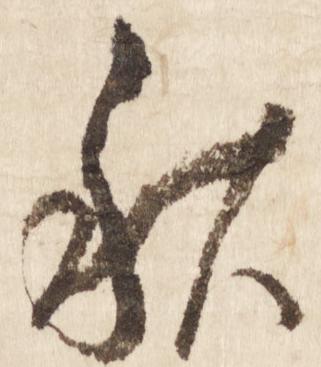
秋